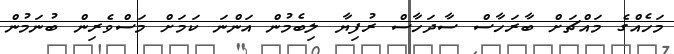
މަހެއްގެ މައްޗަށް ބާރަހާސް ސާދަހާސް ރުފިޔާ ލިބެމުން އަންނަ ކަމަށް މަސްވެރިން ބުނަމުން